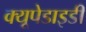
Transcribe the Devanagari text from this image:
क्यूपेडाइडी